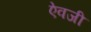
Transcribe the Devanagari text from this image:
एेवजी